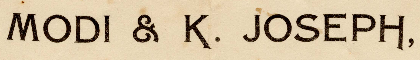
MODI & K. JOSEPH,